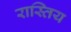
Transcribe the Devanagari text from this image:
रास्तिय